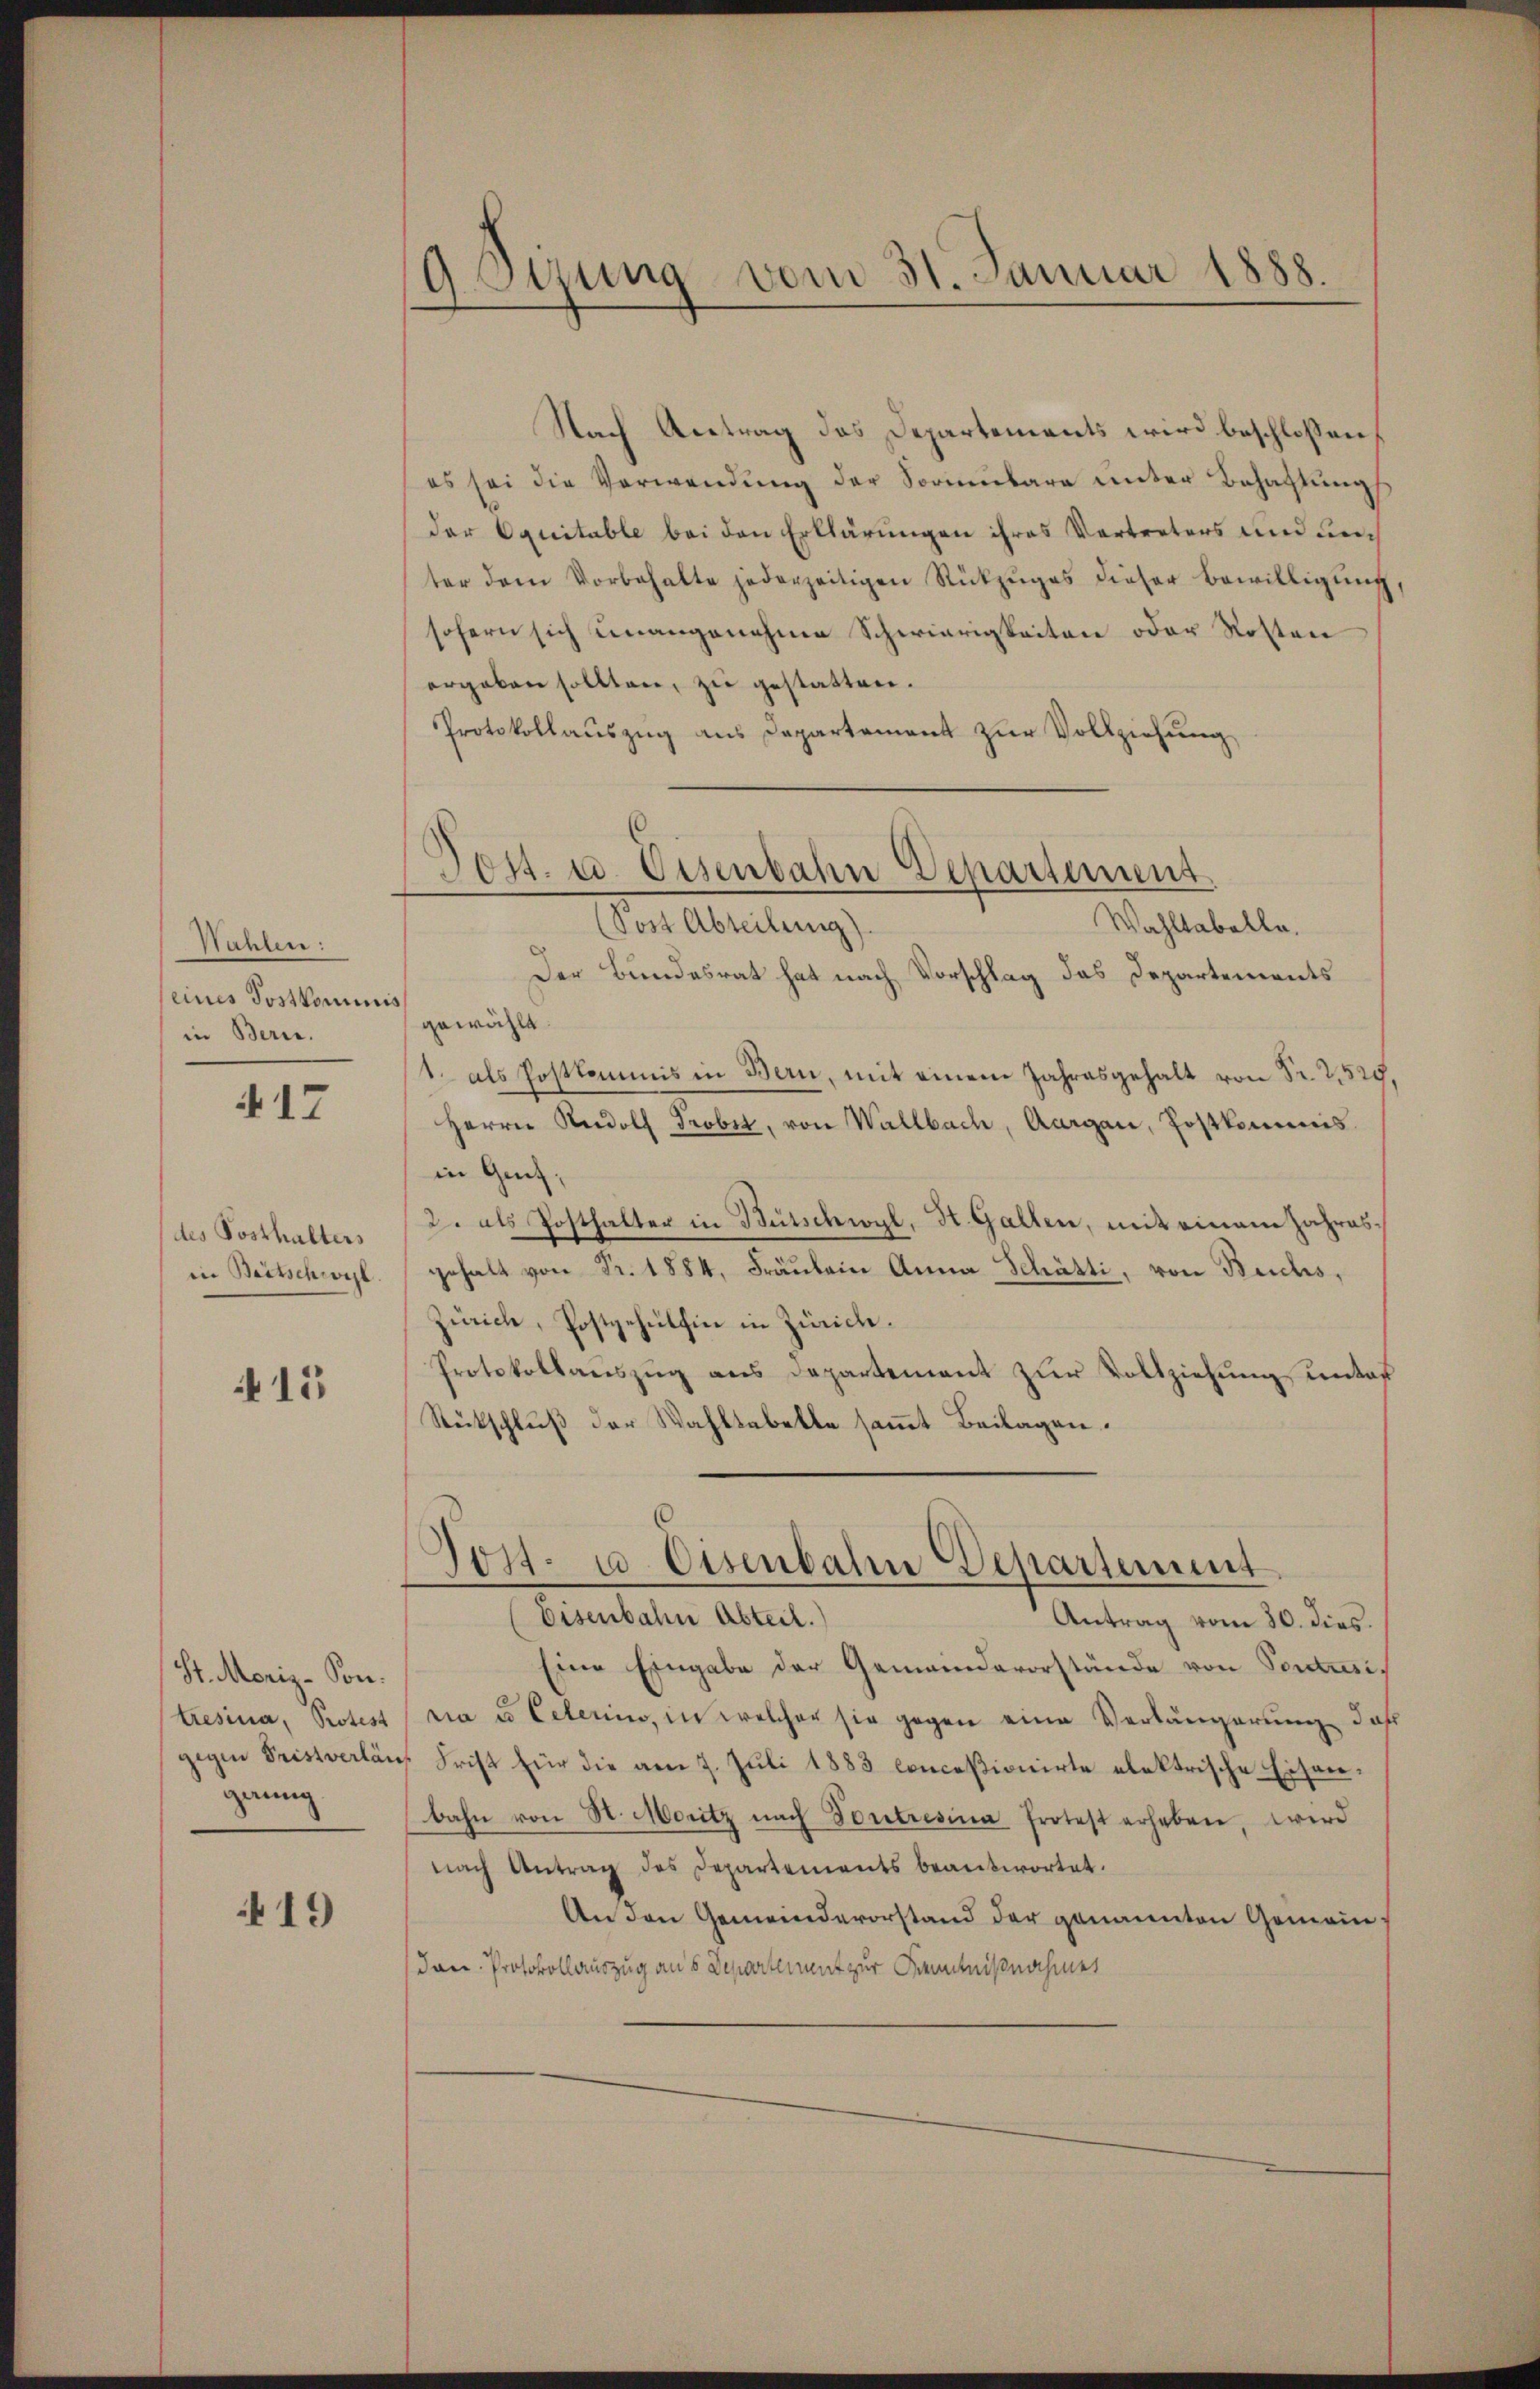
Wahlen:
seines Postkominis
in Bern.

17

des Posthalters
in Beitschwyl

15

St. Moriz-Son.
Eresina, Protest
gigen Pristverlän
gerung

19

9. Stung vom 31. Januar 1888.

Post. u. Eisenbahn Departement.

Nach Antrag des Departements wird beschlossen
es sei die Verwendŭng der Sorbara unter Behaftung
der Equitable bei den Erklärungen ihres Vertreters und unter dem Vorbehalte jederzeitigen Rückzŭges dieser Bewilligŭng,
sofern sich unangenehme Schwierigkeiten oder Rosten
ergeben sollten, zu gestatten.
Protokollauszug aus Departement zur Vollziehung
Wahltabelle.
(Post Abteilung)
Der Bundesrat hat nach Vorschlag das Departements
gewählt
1. als Postkommis in Bern, mit einem Jahresgehalt von Fr. 2529,
Herrn Rudolf Probet, von Wallbach, Aargau, Postkommis
in Genf,
2. als Posthalter in Bütschwyl, Kt. Gallen, mit einem Jahresgehalt von Fr. 1884, Fräŭlein Anna Schätti, von Buchs,
Zürich, Postgehülfen in Zürich.
Protokollauszug aus Departement zur Vollziehung unter
Rütschluß der Wahlsabelle sammt Beilagen.
Post- u. Osenbahr Departement
(Eisenbahn Abteil.
Antrag vom 30. dies.
Eine Eingabe der Gemeindevorstände von Pontusi
cia ed Celerin, in welcher sie gegen eine Verlängerung, daß
Frist für die am 7. Juli 1883 conceßionirte elektrische Eisenbahn von St. Moritz nach Dontresina Protest erheben, wird
nach Antrag des Departements beantwortet.
An den Gemeindevorstand der genannten Gemeindon. Protokollauszug aus Departement zur Kenntnißnahmes